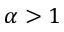
\alpha > 1